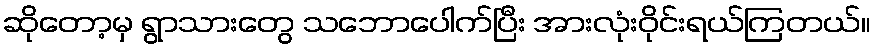
ဆိုတော့မှ ရွာသားတွေ သဘောပေါက်ပြီး အားလုံးဝိုင်းရယ်ကြတယ်။